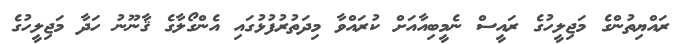
ރައްޔިތުންގެ މަޖިލީހުގެ ރައީސް ނެމީބިއާއަށް ކުރައްވާ މިދަތުރުފުޅުގައި އެންގޯލާގެ ޤާނޫނު ހަދާ މަޖިލީހުގެ